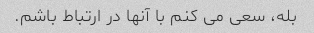
بله، سعی می کنم با آنها در ارتباط باشم.